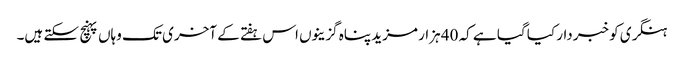
ہنگری کو خبردار کیا گیا ہے کہ 40 ہزار مزید پناہ گزینوں اس ہفتے کے آخری تک وہاں پہنچ سکتے ہیں۔